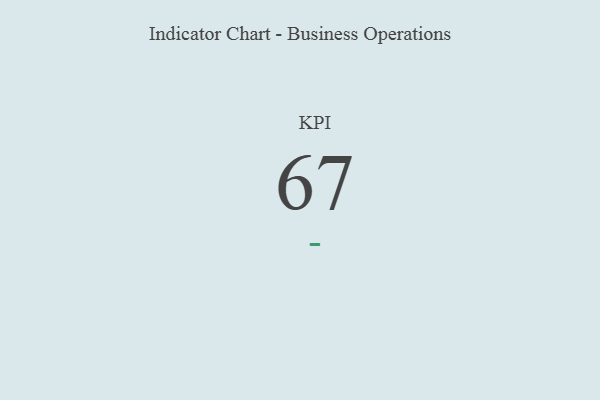
{"axis": {"x": "KPI", "y": "Value"}, "legend": [""], "data": [{"x": "KPI", "y": 67, "type": ""}]}